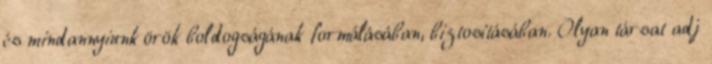
és mindannyiunk örök boldogságának formálásában, biztosításában. Olyan társat adj